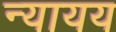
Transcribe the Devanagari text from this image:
न्यायय